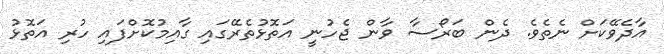
އާދެވޭކަށް ނެތެވެ. ދެން ބަރޯސާ ވާން ޖެހުނީ އަތޮޅުތެރޭގައި ގާއިމުކޮށްފައި ހުރި އަތޮޅު